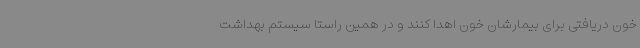
خون دریافتی برای بیمارشان خون اهدا کنند و در همین راستا سیستم بهداشت